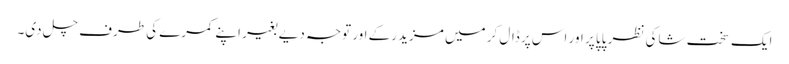
ایک سخت شاکی نظر پاپا پر اور اس پر ڈال کر میں مزید رکے اور توجہ دیے بغیر اپنے کمرے کی طرف چل دی۔